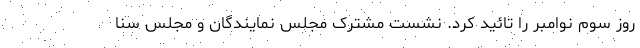
روز سوم نوامبر را تائید کرد. نشست مشترک مجلس نمایندگان و مجلس سنا